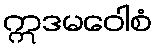
ဣဒမဝေါစံ